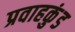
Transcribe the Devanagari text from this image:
प्रवाहकुंड